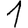
Digit: 1